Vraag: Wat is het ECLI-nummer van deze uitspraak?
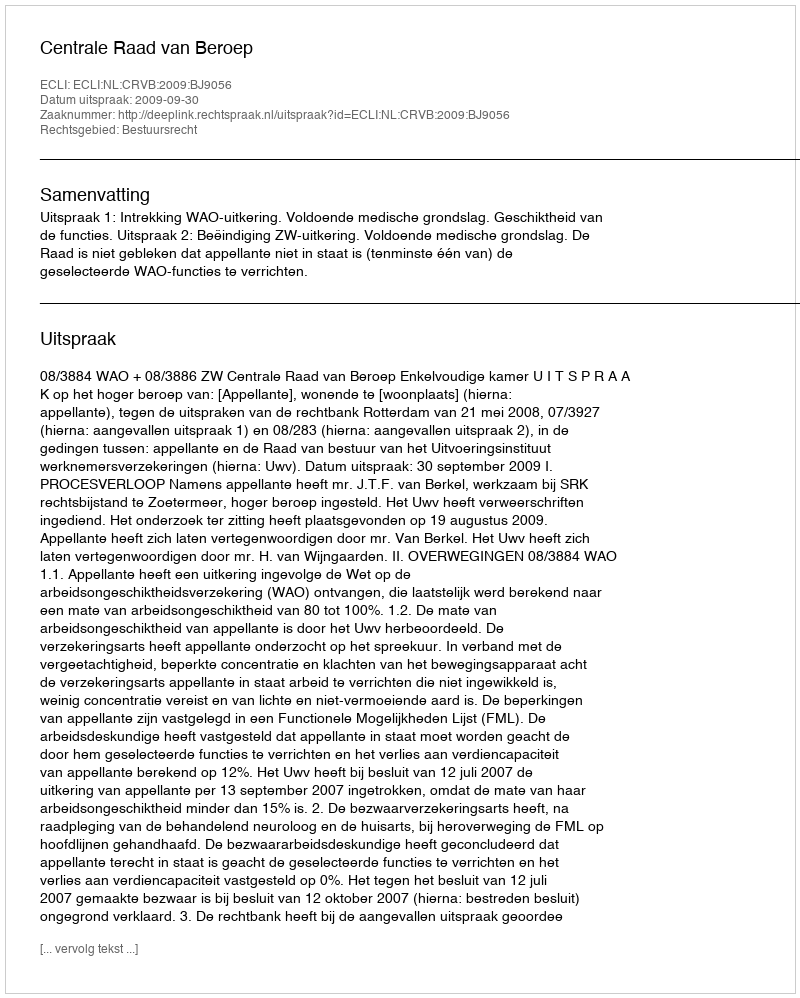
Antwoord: ECLI:NL:CRVB:2009:BJ9056